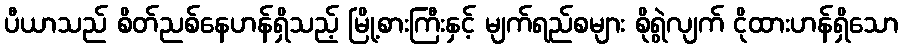
ပီယာသည် စိတ်ညစ်နေဟန်ရှိသည့် မြို့စားကြီးနှင့် မျက်ရည်စများ စိုရွဲလျက် ငိုထားဟန်ရှိသော